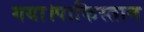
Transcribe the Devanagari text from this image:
गया।पाकिस्तान